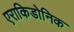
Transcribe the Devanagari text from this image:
एराकिडोनिक